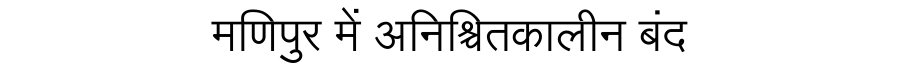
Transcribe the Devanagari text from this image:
मणिपुर में अनिश्चितकालीन बंद